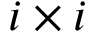
i \times i